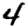
Digit: 4